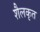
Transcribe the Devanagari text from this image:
शैलकृत